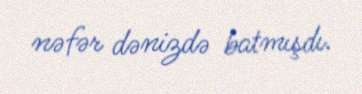
nəfər dənizdə batmışdı.